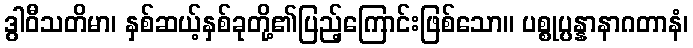
ဒွါဝီသတိမာ၊ နှစ်ဆယ့်နှစ်ခုတို့၏ပြည့်ကြောင်းဖြစ်သော။ ပစ္စုပ္ပန္နာနာဂတာနံ၊